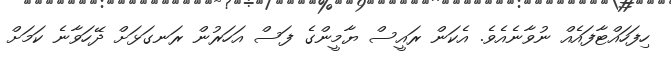
ހިފަހައްޓާފައެއް ނުވާނެއެވެ. އެކަން ރައީސް ޔާމީންގެ ފަސް އަހަރުން ރަނގަޅަށް ދޭހަވާނެ ކަމަށް